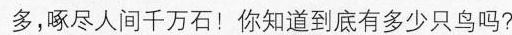
多，啄尽人间千万石！你知道到底有多少只鸟吗？